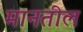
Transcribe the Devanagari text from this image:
मानतील